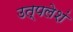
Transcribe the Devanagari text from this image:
उत्पलेशं